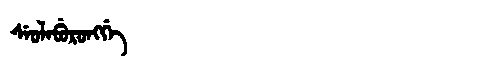
Manchu: ᠰᡝᠣᠯᡝᠪᡠᡵᠣᠩᡤᡝ
Romanization: SEOLEBURONGGE